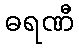
ဓရဏီ